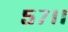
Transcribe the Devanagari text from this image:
५७।।